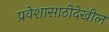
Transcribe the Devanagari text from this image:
प्रवेशासाठीदेखील